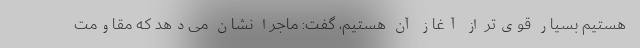
هستیم بسیار قوی‌تر از آغاز آن هستیم، گفت: ماجرا نشان می‌دهد که مقاومت